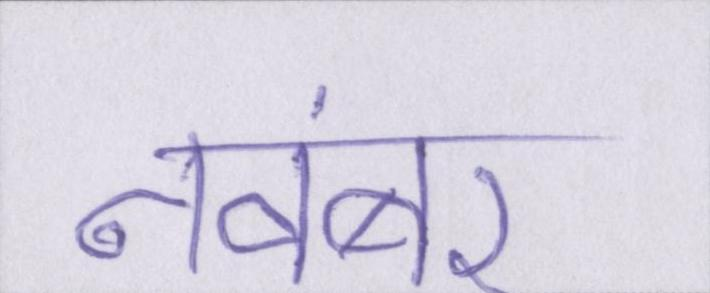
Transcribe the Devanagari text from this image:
नवंबर